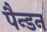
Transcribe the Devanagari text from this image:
पैन्डन